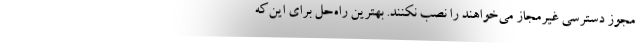
مجوز دسترسی غیرمجاز می‌خواهند را نصب نکنند. بهترین راه‌حل برای این‌که